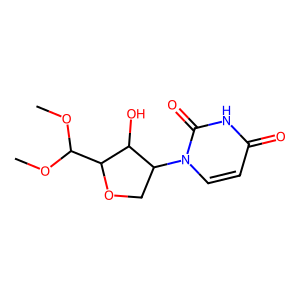
SMILES: COC(OC)C1OCC(n2ccc(=O)[nH]c2=O)C1O
Inhibits HIV replication: No